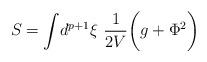
LaTeX: \begin{align*}S=\int\! d^{p+1}\xi\ {1\over 2V}\biggl (g+\Phi^2\biggr )\end{align*}